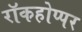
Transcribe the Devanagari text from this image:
रॉकहोप्पर